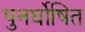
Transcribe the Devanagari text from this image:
पुनर्घोषित